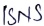
Text: ISNS